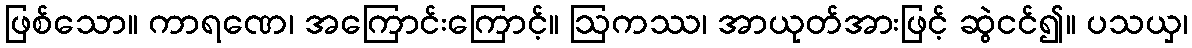
ဖြစ်သော။ ကာရဏေ၊ အကြောင်းကြောင့်။ ဩကဿ၊ အာယုတ်အားဖြင့် ဆွဲငင်၍။ ပသယှ၊